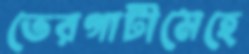
তেরগাটীমেহে